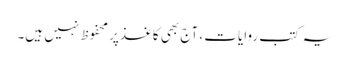
یہ کتب روایات ، آج بھی کاغذ‌پر محفوظ نہیں ہیں۔